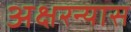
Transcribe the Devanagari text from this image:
अक्षरन्यास